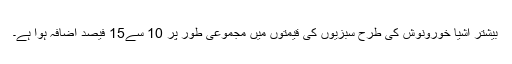
بیشتر اشیا خورونوش کی طرح سبزیوں کی قیمتوں میں مجموعی طور پر 10 سے15 فیصد اضافہ ہوا ہے۔